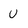
Character: u